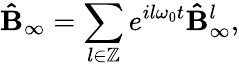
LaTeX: \mathbf{\hat{B}}_{\infty}=\sum_{l\in\mathbb{Z}}e^{il\omega_{0}t}\mathbf{\hat{B}}_{\infty}^{l},